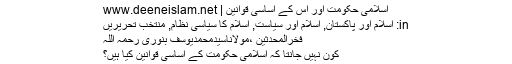
اسلامی حکومت اور اس کے اساسی قوانین | www.deeneislam.net
in: اسلام اور پاکستان, اسلام اور سیاست, اسلام کا سیاسی نظام, منتخب تحریریں
فخرالمحدثین ،مولاناسیدمحمدیوسف بنوری رحمہ اللہ
کون نہیں جانتا کہ اسلامی حکومت کے اساسی قوانین کیا ہیں؟